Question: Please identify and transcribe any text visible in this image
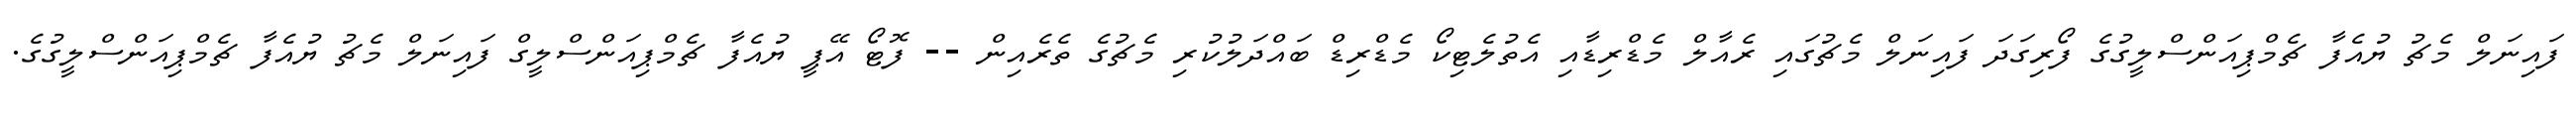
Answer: ފައިނަލް މެޗު ޔުއެފާ ޗެމްޕިއަންސްލީގުގެ ފޯރިގަދަ ފައިނަލް މެޗުގައި ރެއާލް މެޑްރިޑާއި އެތުލެޓިކޯ މެޑްރިޑް ބައްދަލުކުރި މެޗުގެ ތެރެއިން -- ފޮޓޯ އޭޕީ ޔުއެފާ ޗެމްޕިއަންސްލީގް ފައިނަލް މެޗު ޔުއެފާ ޗެމްޕިއަންސްލީގުގެ.